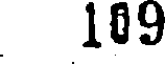
109